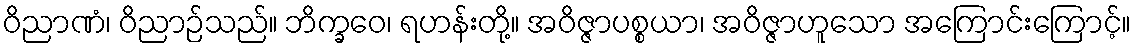
ဝိညာဏံ၊ ဝိညာဉ်သည်။ ဘိက္ခဝေ၊ ရဟန်းတို့။ အဝိဇ္ဇာပစ္စယာ၊ အဝိဇ္ဇာဟူသော အကြောင်းကြောင့်။